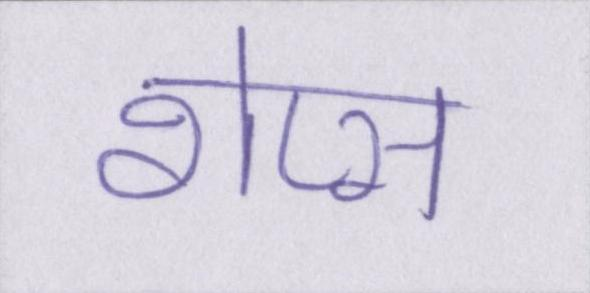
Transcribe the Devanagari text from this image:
शेप्स